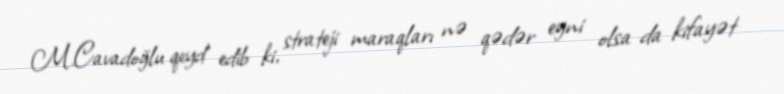
M.Cavadoğlu qeyd edib ki, strateji maraqları nə qədər eyni olsa da kifayət